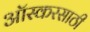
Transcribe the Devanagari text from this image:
ऑस्करसाठी